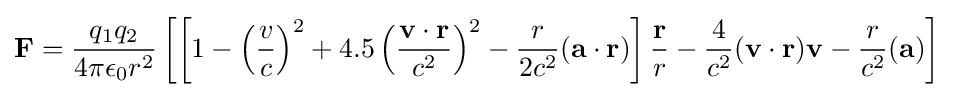
\mathbf {F} ={\frac {q_{1}q_{2}}{4\pi \epsilon _{0}r^{2}}}\left[\left[1-\left({\frac {v}{c}}\right)^{2}+4.5\left({\frac {\mathbf {v\cdot r} }{c^{2}}}\right)^{2}-{\frac {r}{2c^{2}}}(\mathbf {a\cdot r} )\right]{\frac {\mathbf {r} }{r}}-{\frac {4}{c^{2}}}(\mathbf {v\cdot r} )\mathbf {v} -{\frac {r}{c^{2}}}(\mathbf {a} )\right]